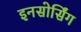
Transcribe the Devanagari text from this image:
इनसोर्सिंग